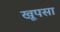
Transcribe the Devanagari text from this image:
खूपसा